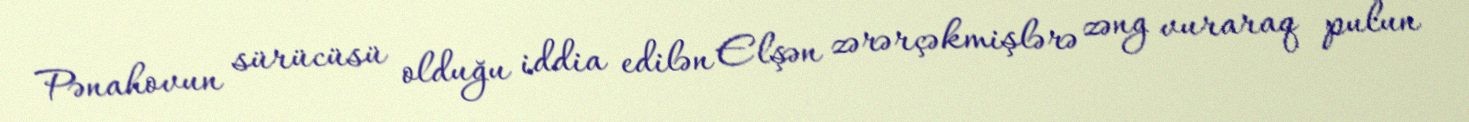
Pənahovun sürücüsü olduğu iddia edilən Elşən zərərçəkmişlərə zəng vuraraq pulun